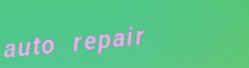
auto repair